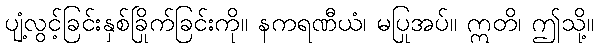
ပျံ့လွင့်ခြင်းနှစ်ခြိုက်ခြင်းကို။ နကရဏီယံ၊ မပြုအပ်။ ဣတိ၊ ဤသို့။